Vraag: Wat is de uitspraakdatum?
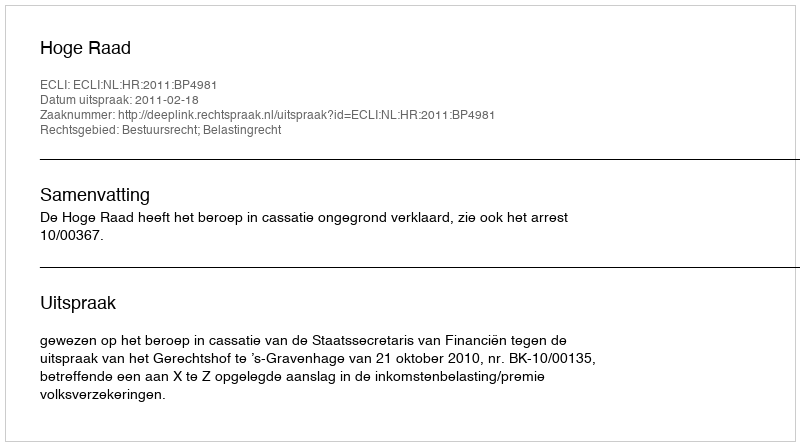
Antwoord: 2011-02-18